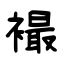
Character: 襊